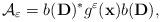
LaTeX: \begin{align*}\mathcal{A}_\varepsilon = b(\mathbf{D})^*g^\varepsilon (\mathbf{x})b(\mathbf{D}),\end{align*}